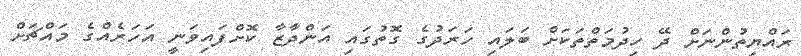
ރައްޔިތުންނަށް ދޭ ހިދުމަތްތަކަށް ބަލައި ހަރަދުގެ ގޮތުގައި އަންދާޒާ ކޮށްފައިވަނީ އަހަރެއްގެ މައްޗަށް